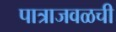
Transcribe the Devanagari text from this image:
पात्राजवळची